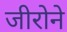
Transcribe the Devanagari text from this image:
जीरोने